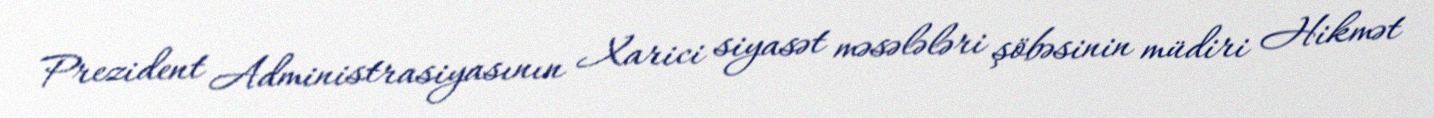
Prezident Administrasiyasının Xarici siyasət məsələləri şöbəsinin müdiri Hikmət